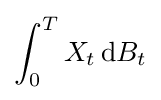
\int _{0}^{T}X_{t}\,\mathrm {d} B_{t}